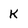
Character: K